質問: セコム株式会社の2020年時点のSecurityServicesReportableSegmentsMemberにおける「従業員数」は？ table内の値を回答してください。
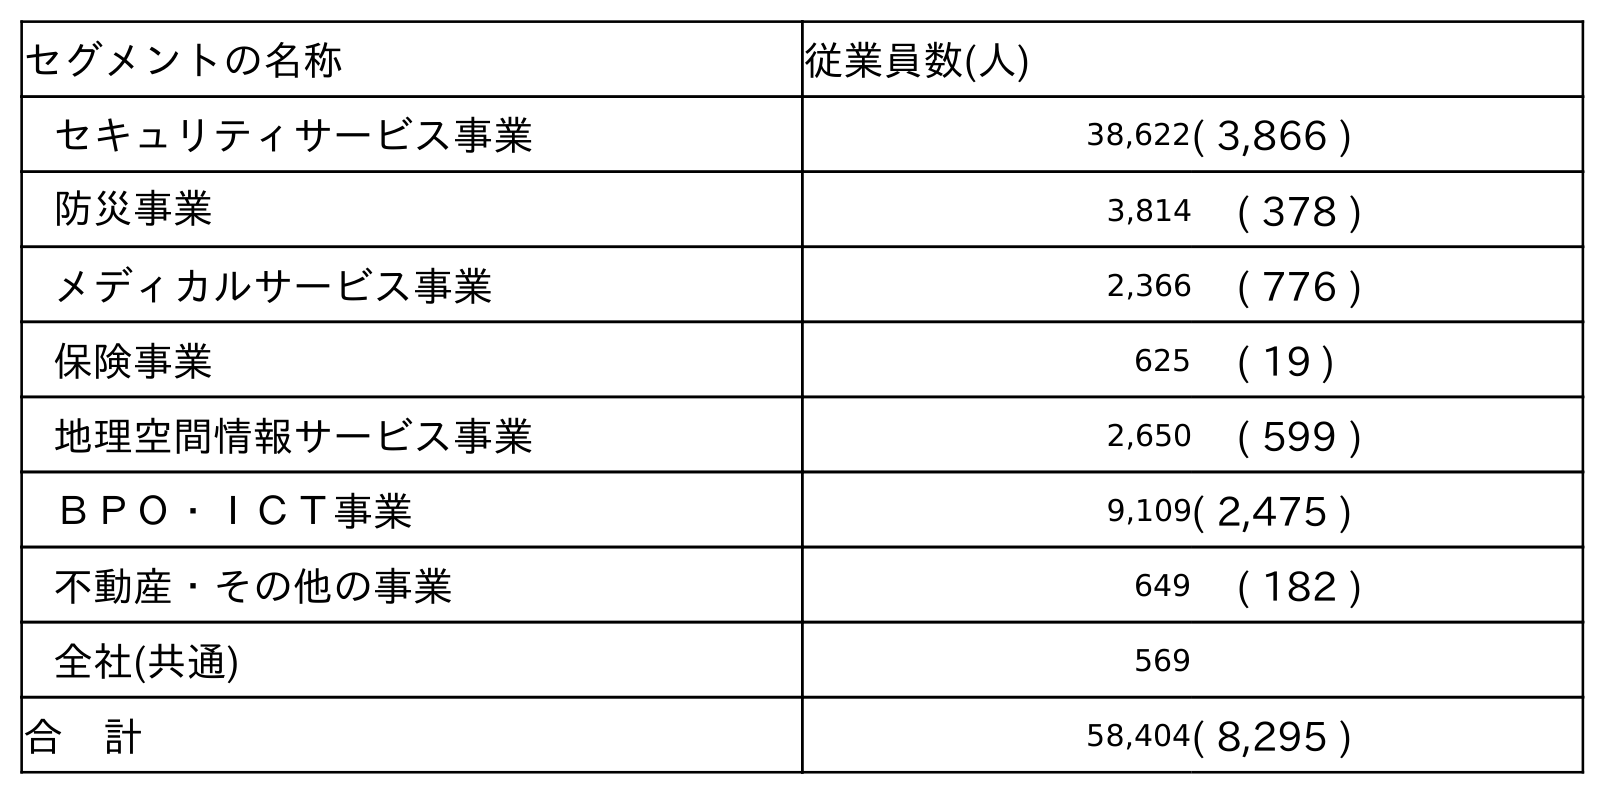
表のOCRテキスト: セグメントの名称 従業員数(人) セキュリティサービス事業 38,622( 3,866 ) 防災事業 3,814 ( 378 ) メディカルサービス事業 2,366 ( 776 ) 保険事業 625 ( 19 ) 地理空間情報サービス事業 2,650 ( 599 ) ＢＰＯ・ＩＣＴ事業 9,109( 2,475 ) 不動産・その他の事業 649 ( 182 ) 全社(共通) 569 合 計 58,404( 8,295 )
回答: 38,622